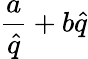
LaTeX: \frac{a}{\hat{q}}+b\hat{q}